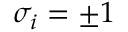
\sigma _ { i } = \pm 1